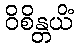
ဝိစိန္တယိံ